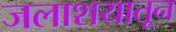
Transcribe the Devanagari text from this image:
जलाशयातून